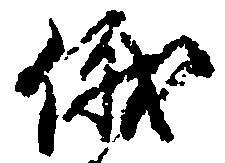
俄